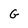
Character: G